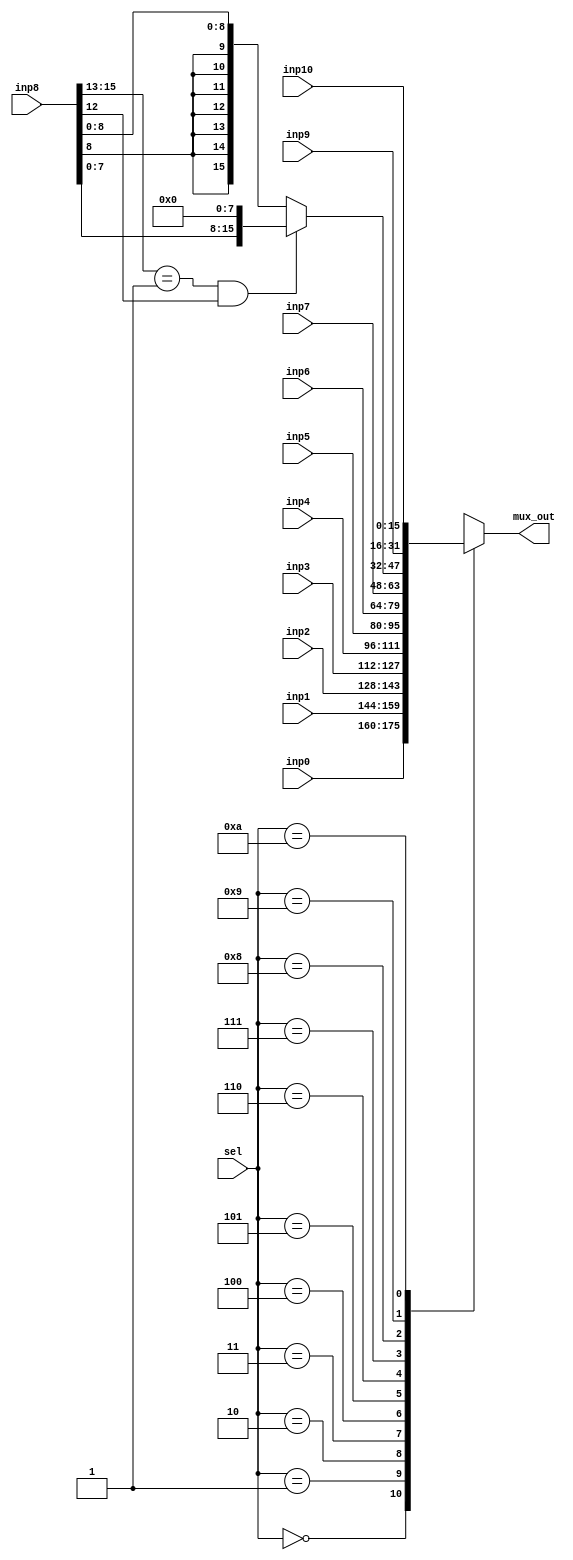
module mux
(
	input [15: 0] inp0, inp1, inp2, inp3, inp4, inp5, inp6, inp7, inp8, inp9, inp10,
	input [3: 0] sel,
	
	output [15: 0] mux_out
);

	parameter MVT_BRN = 3'b001;
	
	reg [15: 0] mux_out_reg;

	always @(sel)
	begin
		case(sel)
			4'b0000: mux_out_reg <= inp0;
			
			4'b0001: mux_out_reg <= inp1;
			
			4'b0010: mux_out_reg <= inp2;
			
			4'b0011: mux_out_reg <= inp3;
			
			4'b0100: mux_out_reg <= inp4;
			
			4'b0101: mux_out_reg <= inp5;
			
			4'b0110: mux_out_reg <= inp6;
			
			4'b0111: mux_out_reg <= inp7;
			
			4'b1000: 
			begin
				if(inp8[15: 13] == MVT_BRN && inp8[12])
					mux_out_reg <= {inp8[7: 0], 8'b0};
				else
					mux_out_reg <= {{7{inp8[8]}}, inp8[8: 0]};
			end
			
			4'b1001: mux_out_reg <= inp9;
			
			4'b1010: mux_out_reg <= inp10;
			
			default: mux_out_reg <= 16'bxxxx_xxxx_xxxx_Xxxx;
		endcase
	end

	assign mux_out = mux_out_reg;
	
endmodule